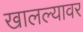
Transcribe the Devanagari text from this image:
खालल्यावर